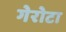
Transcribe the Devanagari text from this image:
गेरोटा